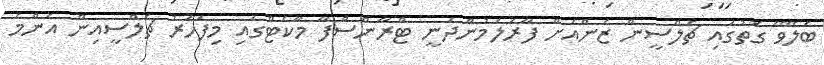
ބެލޭވޭ ގޮތުގައި ޗެލްސީން ޒެންއަށް ފާރަލަމުންދަނީ ޓްރާންސްފާ މާކެޓްގައި މިފަހަރު ޗެލްސީއިން އެންމެ